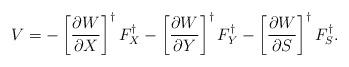
LaTeX: \begin{align*}V = - \left[ {{\partial W} \over {\partial X}} \right]^{\dag} F_X^{\dag} - \left[ {{\partial W} \over {\partial Y}} \right]^{\dag} F_Y^{\dag} - \left[ {{\partial W} \over {\partial S}} \right]^{\dag} F_S^{\dag}.\end{align*}